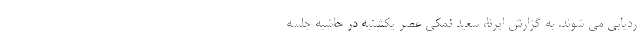
ردیابی می شوند. به گزارش ایرنا، سعید نمکی عصر یکشنبه در حاشیه جلسه